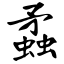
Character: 蟊